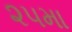
૨૫મા